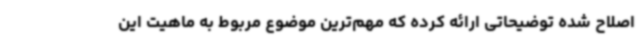
اصلاح شده توضیحاتی ارائه کرده که مهم‌ترین موضوع مربوط به ماهیت این